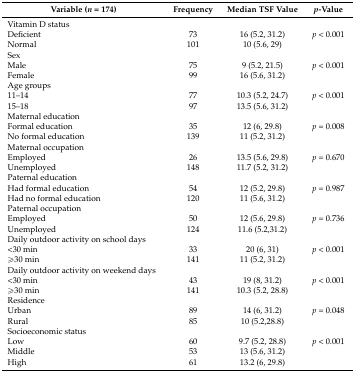
| Variable (n = 174) | Frequency | Median TSF Value | p-Value |
 | --- | --- | --- | --- |
 | Vitamin D status |  |  |  |
 | Deficient | 73 | 16 (5.2, 31.2) | p < 0.001 |
 | Normal | 101 | 10 (5.6, 29) |  |
 | Sex |  |  |  |
 | Male | 75 | 9 (5.2, 21.5) | p < 0.001 |
 | Female | 99 | 16 (5.6, 31.2) |  |
 | Age groups |  |  |  |
 | 11–14 | 77 | 10.3 (5.2, 24.7) | p < 0.001 |
 | 15–18 | 97 | 13.5 (5.6, 31.2) |  |
 | Maternal education |  |  |  |
 | Formal education | 35 | 12 (6, 29.8) | p = 0.008 |
 | No formal education | 139 | 11 (5.2, 31.2) |  |
 | Maternal occupation |  |  |  |
 | Employed | 26 | 13.5 (5.6, 29.8) | p = 0.670 |
 | Unemployed | 148 | 11.7 (5.2, 31.2) |  |
 | Paternal education |  |  |  |
 | Had formal education | 54 | 12 (5.2, 29.8) | p = 0.987 |
 | Had no formal education | 120 | 11 (5.6, 31.2) |  |
 | Paternal occupation |  |  |  |
 | Employed | 50 | 12 (5.6, 29.8) | p = 0.736 |
 | Unemployed | 124 | 11.6 (5.2,31.2) |  |
 | Daily outdoor activity on school days |  |  |  |
 | <30 min | 33 | 20 (6, 31) | p < 0.001 |
 | ≥30 min | 141 | 11 (5.2, 31.2) |  |
 | Daily outdoor activity on weekend days |  |  |  |
 | <30 min | 43 | 19 (8, 31.2) | p < 0.001 |
 | ≥30 min | 141 | 10.3 (5.2, 28.8) |  |
 | Residence |  |  |  |
 | Urban | 89 | 14 (6, 31.2) | p = 0.048 |
 | Rural | 85 | 10 (5.2,28.8) |  |
 | Socioeconomic status |  |  |  |
 | Low | 60 | 9.7 (5.2, 28.8) | p < 0.001 |
 | Middle | 53 | 13 (5.6, 31.2) |  |
 | High | 61 | 13.2 (6, 29.8) |  |